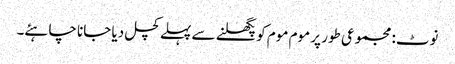
نوٹ: مجموعی طور پر موم موم کو پگھلنے سے پہلے کچل دیا جانا چاہئے۔